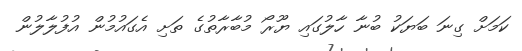
ކަމަށް ގިނަ ބަޔަކު ބުނާ ހާލުގައި ޔޫރޯ މުބާރާތުގެ ތަށި އެގައުމުން އުފުލާލުން